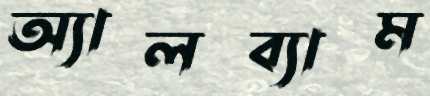
অ্যালব্যাম